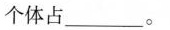
个体占______。